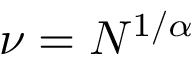
\nu = N ^ { 1 / \alpha }